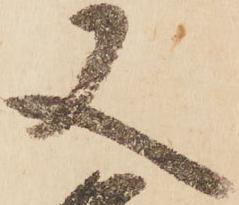
又